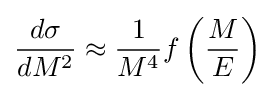
{\frac {d\sigma }{dM^{2}}}\approx {\frac {1}{M^{4}}}f\left({\frac {M}{E}}\right)